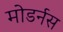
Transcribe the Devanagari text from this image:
मोडर्नस